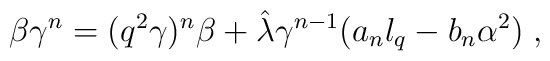
\beta \gamma^{n} = (q^{2} \gamma )^{n} \beta + \hat{\lambda}\gamma^{n-1} (a_n l_q- b_n \alpha^{2})\;,